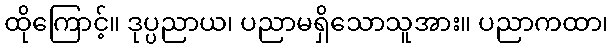
ထိုကြောင့်။ ဒုပ္ပညာယ၊ ပညာမရှိသောသူအား။ ပညာကထာ၊